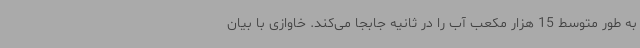
به طور متوسط 15 هزار مکعب آب را در ثانیه جابجا می‌کند. خاوازی با بیان